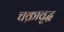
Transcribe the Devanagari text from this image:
चक्रावृद्ध